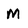
Character: M